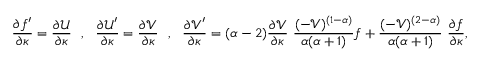
\frac { \partial f ^ { \prime } } { \partial \kappa } = \frac { \partial \mathcal { U } } { \partial \kappa } ~ ~ , ~ ~ \frac { \partial \mathcal { U } ^ { \prime } } { \partial \kappa } = \frac { \partial \mathcal { V } } { \partial \kappa } ~ ~ , ~ ~ \frac { \partial \mathcal { V } ^ { \prime } } { \partial \kappa } = ( \alpha - 2 ) \frac { \partial \mathcal { V } } { \partial \kappa } ~ \frac { ( - \mathcal { V } ) ^ { ( 1 - \alpha ) } } { \alpha ( \alpha + 1 ) } f + \frac { ( - \mathcal { V } ) ^ { ( 2 - \alpha ) } } { \alpha ( \alpha + 1 ) } ~ \frac { \partial f } { \partial \kappa } ,